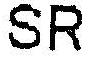
SR